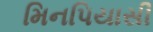
મિનપિયાસી